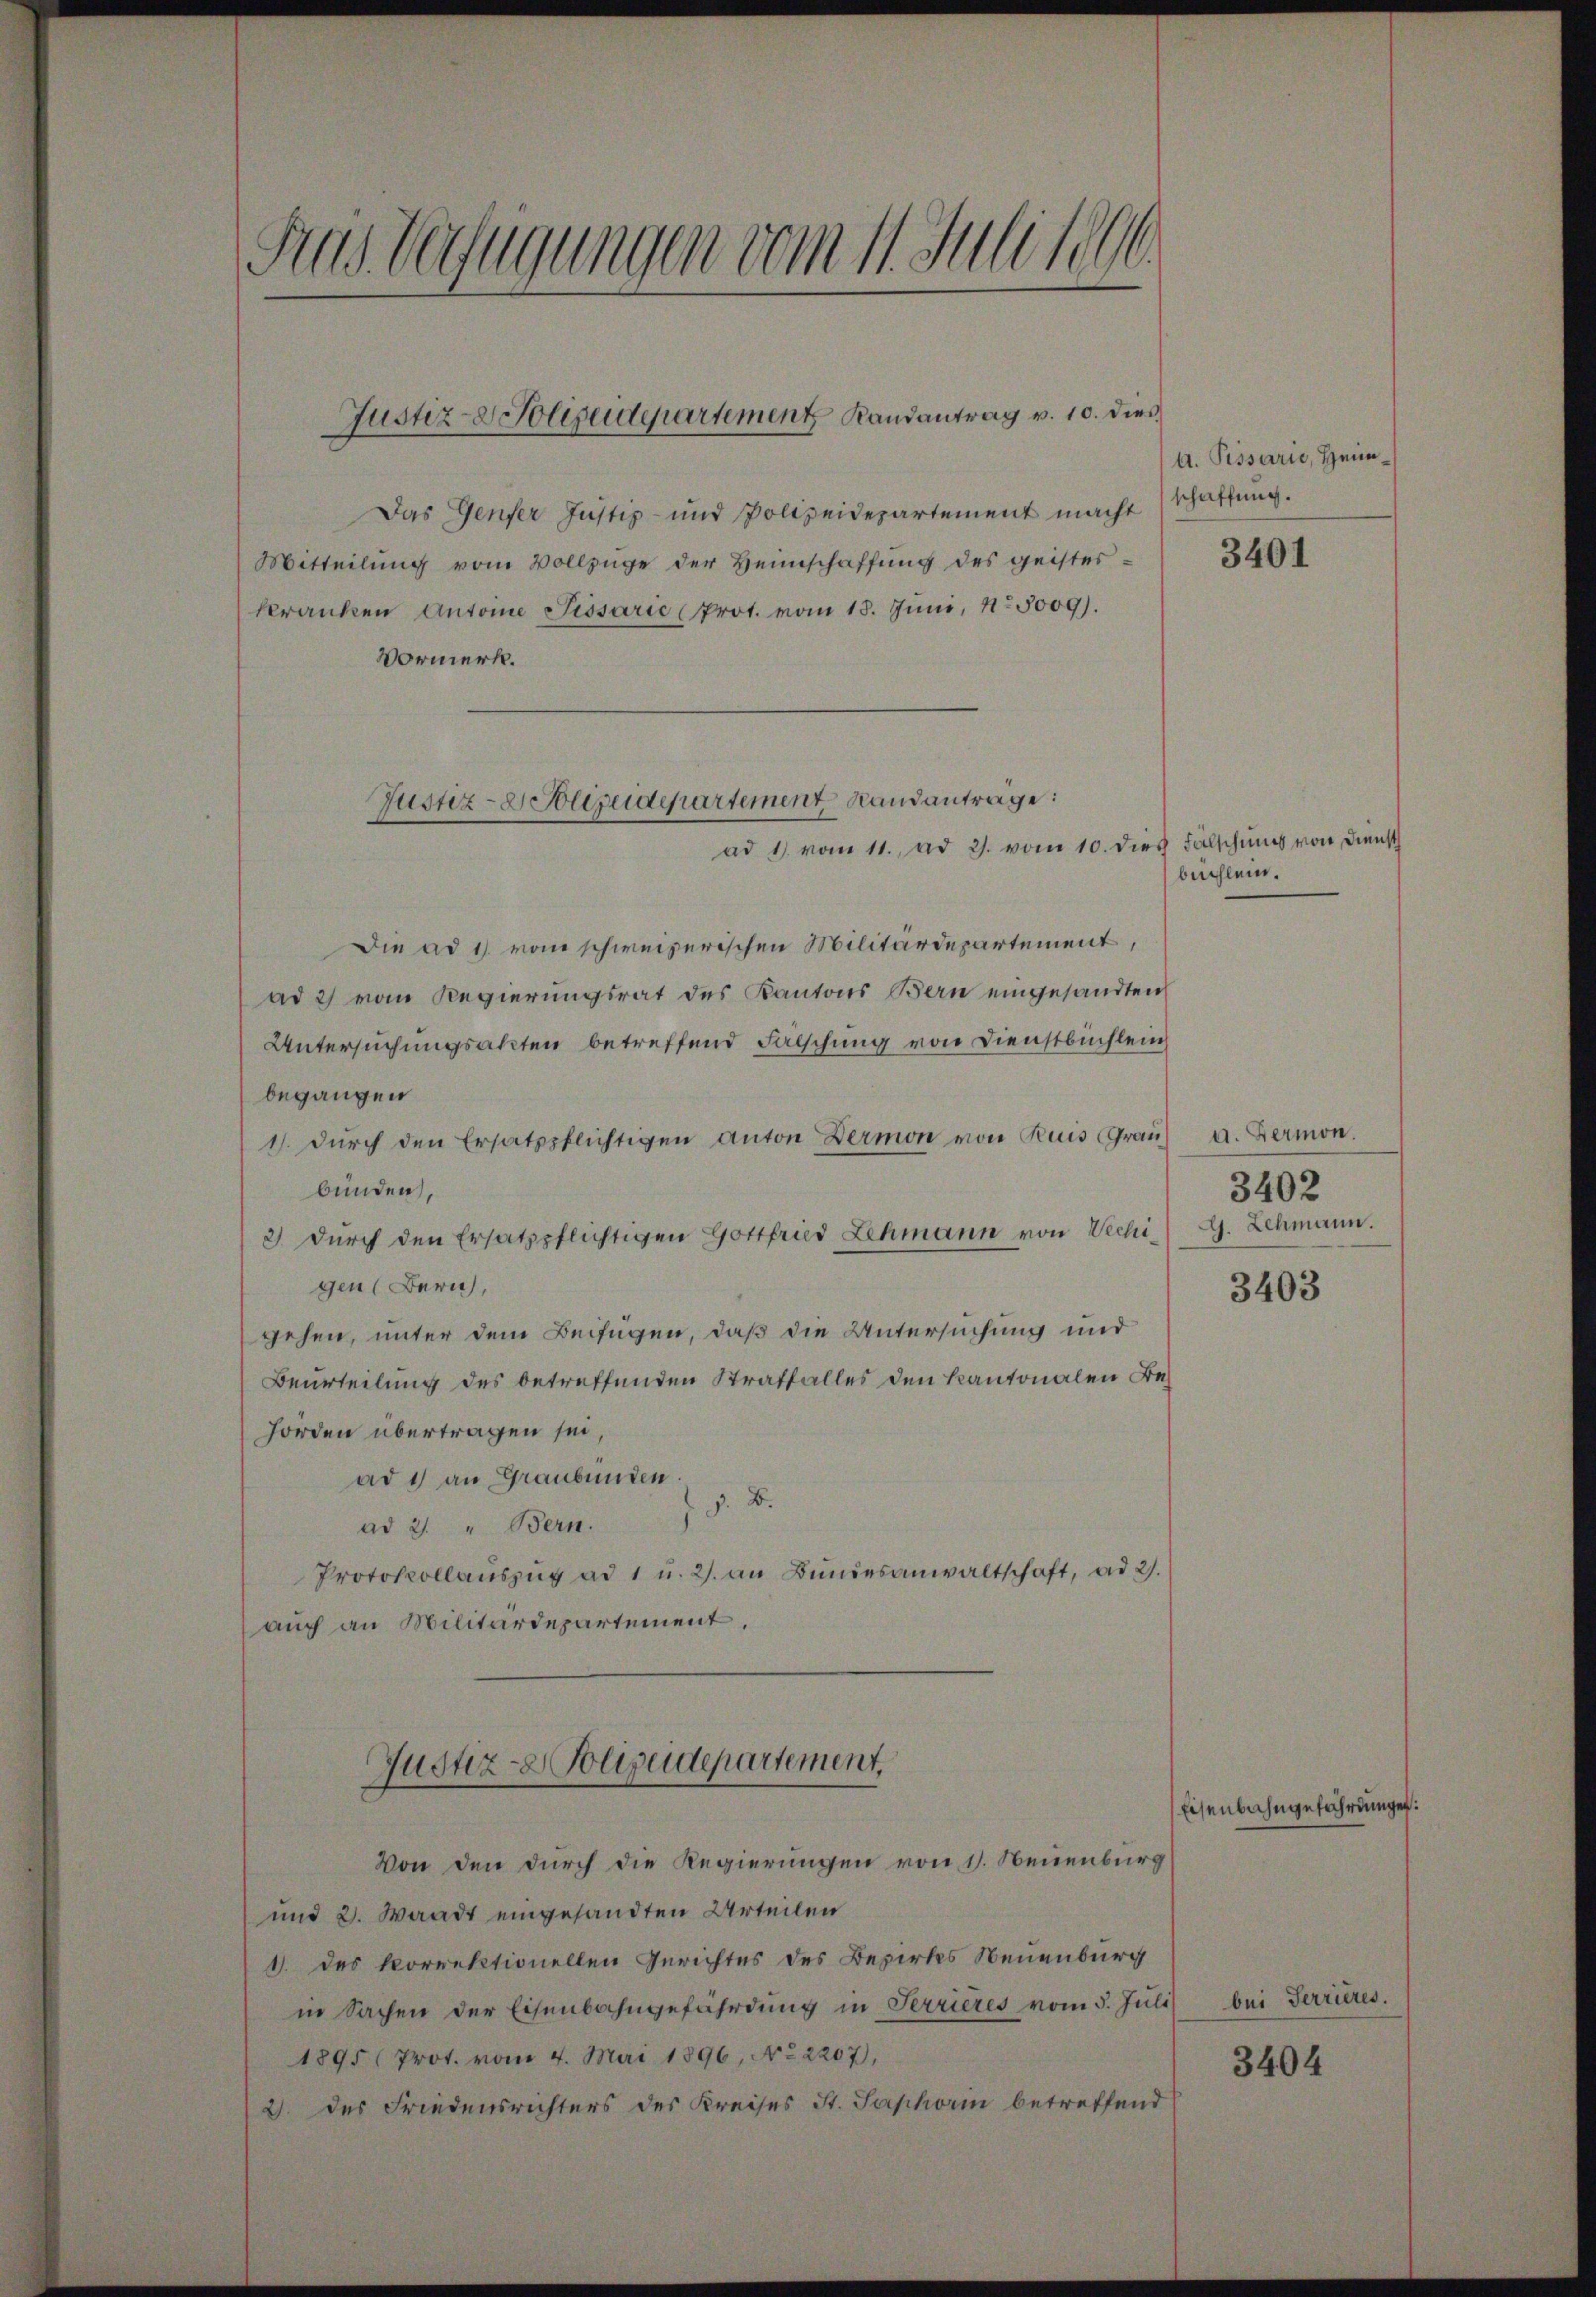
Frais Verfügungen vom 11. Juli 1896.

Justiz- Polizeidepartement Randantrag v. 10. dies

Das Genfer Justiz- und Polizeidepartement macht
Mitteilung vom Vollzüge der Heimschaffung des geisteskranken Antone Sissarić (Prot. vom 18. Juni, No 5009).
Vormerk.
ad 1. vom 11. ad 2. vom 10. dies Fälschung von Dienst
Die ad 1) vom schweizerischen Militärdepartement,
ad 2) vom Regierungsrat des Kantons Berne eingesandten
Untersuchungsakten betreffend Fälschung von Dienstbüchlein
begangen
1). Durch den Ersatzpflichtigen anton Bermon von Reis (Graubunden,
3) durch den Ersatzpflichtigen Gottfried Lehmann von Wechigen (Bern,
gehen, unter dem Beifügen, daß die Untersuchung und
Beurteilung des betreffenden Straffalles den Kantonalen Behörden übertragen sei,
ad 1) an Graubünden.
J. B.
ad 2. " Bern.
Protokollaŭszŭg ad 1 u. 2. an Bŭndesanwaltschaft, ad 2.
auch an Militärdepartement
Justiz- Polizeidepartement.
Von den durch die Regierungen von 11. Neuenburg
und 2. Waadt eingesandten Urteilen
1. des korrektionellen Gerichtes des Bezirkes Neuenburg
in Sachen der Eisenbahngefährdung in Terrieres vom 5. Juli
1895 (Prot. vom 4. Mai 1896, No 2207),
2. des Friedensrichters des Kreises St. Saphorn betreffend

Justiz- & Polizeidepartement Randanträge:

A. Pissarie, Heimschaffung.

3401

büchlein.

a. Bermon.
3402
G. Lehmann.

3403

Eisenbahngefährdungen:

bei Terrieres.

3404